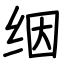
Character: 𬘡